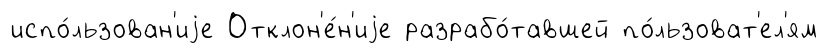
испо́льзован'иjе Отклон'е́н'иjе разрабо́тавшей по́льзоват'ел'ям